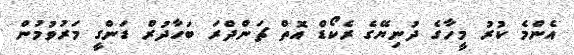
އެންމެ ކުރު މީހާގެ ދުނިޔޭގެ ރެކޯޑް އޮތް ޗަންދްރަ ބަހާދުރް ޑަންގީ މަރުވުމުން